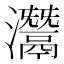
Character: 灊